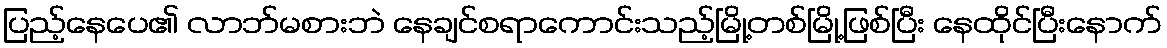
ပြည့်နေပေ၏ လာဘ်မစားဘဲ နေချင်စရာကောင်းသည့်မြို့တစ်မြို့ဖြစ်ပြီး နေထိုင်ပြီးနောက်